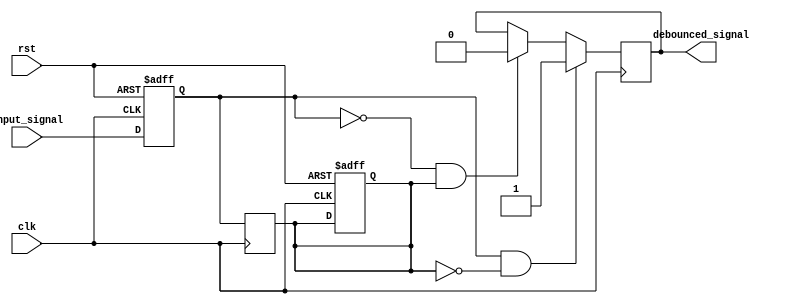
module debounce_circuit(
    input wire clk,
    input wire rst,
    input wire input_signal,
    output reg debounced_signal
);

reg current_state;
reg prev_state;

always @(posedge clk or posedge rst) begin
    if (rst) begin
        current_state <= 1'b0;
        prev_state <= 1'b0;
    end else begin
        current_state <= input_signal;
    end
end

always @(posedge clk) begin
    prev_state <= current_state;
end

initial begin
    debounced_signal = 1'b0;
end

always @(posedge clk) begin
    if ((current_state == 1'b1) && (prev_state == 1'b0)) begin
        debounced_signal <= 1'b1;
    end else if ((current_state == 1'b0) && (prev_state == 1'b1)) begin
        debounced_signal <= 1'b0;
    end
end

endmodule